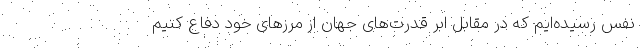
نفس رسیده‌ایم که در مقابل ابر قدرت‌های جهان از مرزهای خود دفاع کنیم